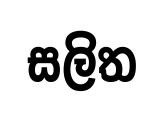
සලිත